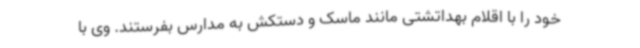
خود را با اقلام بهداتشتی مانند ماسک و دستکش به مدارس بفرستند. وی با